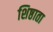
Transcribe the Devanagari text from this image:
शिष्ठाता